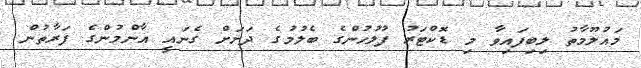
މައުލޫމާތު ލިބިފައިވާ މި ޑޮކްޓަރު ފުލުހުންގެ ބެލުމުގެ ދަށަށް ގެނައީ އާންމުންގެ ފަރާތުން